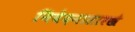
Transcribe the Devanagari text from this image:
निवेदनासारखे